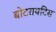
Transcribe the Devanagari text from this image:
बोटरायटिस